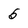
Character: 5